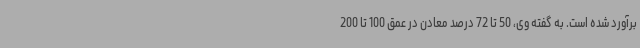
برآورد شده است. به گفته وی، 50 تا 72 درصد معادن در عمق 100 تا 200